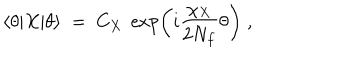
\langle \theta | X | \theta \rangle \; = \; C _ { X } \; \exp \left( i \frac { \chi _ { X } } { 2 N _ { f } } \theta \right) \; ,